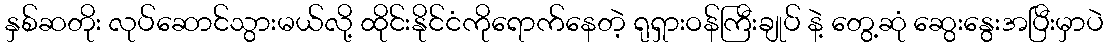
နှစ်ဆတိုး လုပ်ဆောင်သွားမယ်လို့ ထိုင်းနိုင်ငံကိုရောက်နေတဲ့ ရုရှားဝန်ကြီးချုပ် နဲ့ တွေ့ဆုံ ဆွေးနွေးအပြီးမှာပဲ